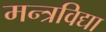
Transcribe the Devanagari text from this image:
मन्त्रविद्या